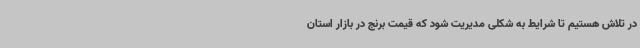
در تلاش هستیم تا شرایط به شکلی مدیریت شود که قیمت برنج در بازار استان